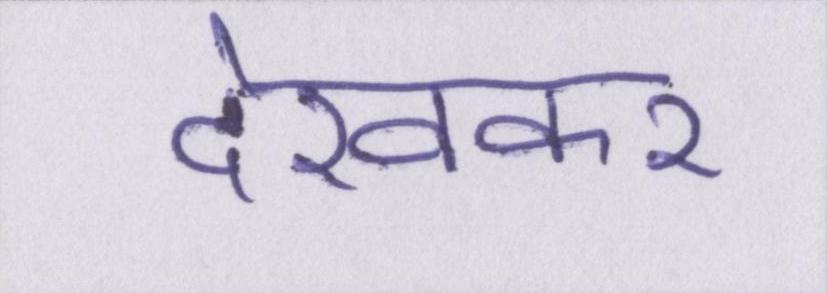
देखकर